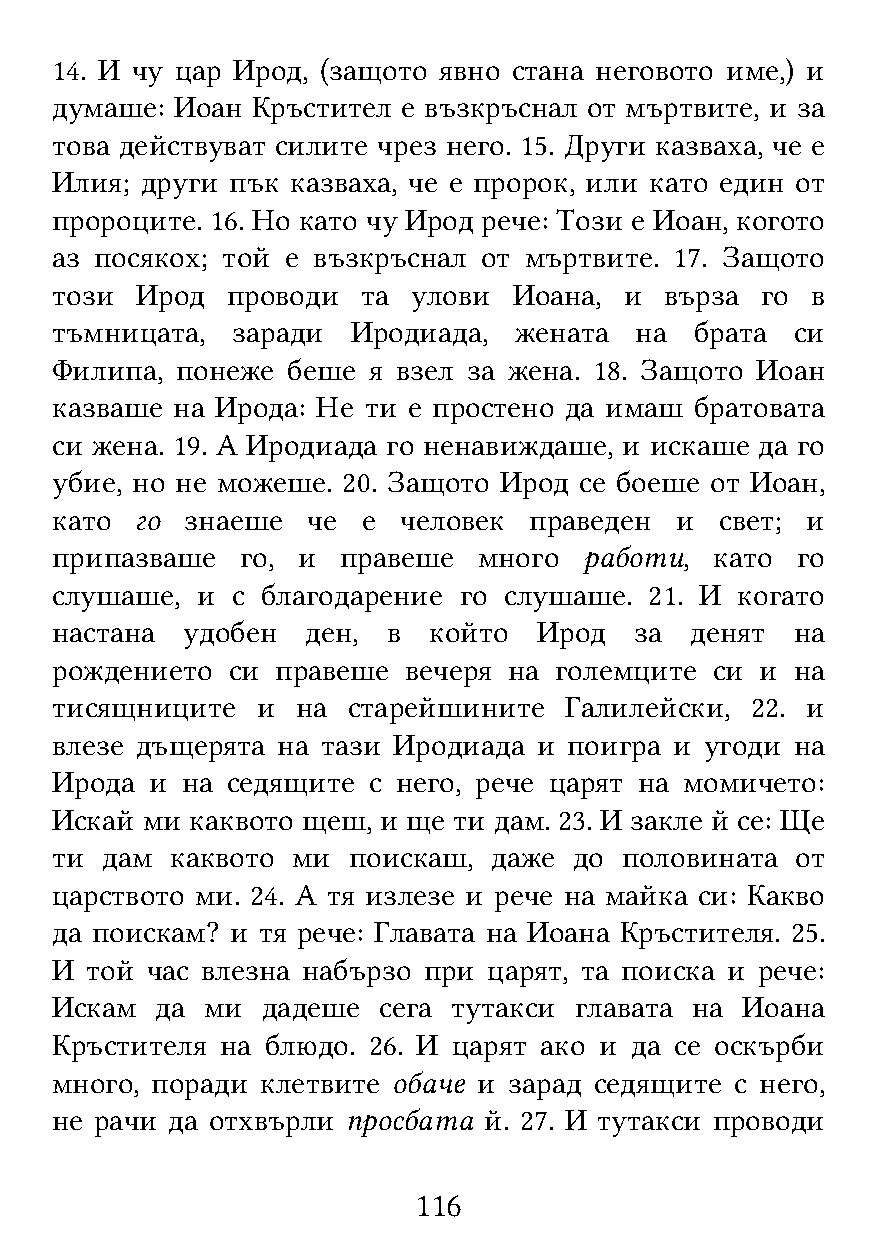
14. И чу цар Ирод, (защото явно стана неговото име,) и
 думаше: Иоан  Кръстител е възкръснал от мъртвите, и за
 това действуват силите чрез него. 15. Други казваха, че е
 Илия; други пък казваха, че е пророк, или като един от
 пророците. 16. Но като чу Ирод рече: Този е Иоан, когото
 аз посякох; той е възкръснал от мъртвите. 17. Защото
 този  Ирод  проводи  та улови  Иоана, и  върза го  в
 тъмницата,  заради  Иродиада,  жената  на  брата  си
 Филипа,  понеже беше я взел за жена. 18. Защото Иоан
 казваше на Ирода: Не ти е простено да имаш братовата
 си жена. 19. А Иродиада го ненавиждаше, и искаше да го
 убие, но не можеше. 20. Защото Ирод се боеше от Иоан,
 като  го знаеше  че  е человек  праведен  и  свет; и
 припазваше   го, и  правеше  много  работи, като  го
 слушаше,  и с благодарение го слушаше.  21. И когато
 настана  удобен  ден,  в който   Ирод  за  денят  на
 рождението  си правеше  вечеря на големците си и  на
 тисящниците   и  на старейшините  Галилейски,  22. и
 влезе дъщерята на тази Иродиада  и поигра и угоди на
 Ирода  и на седящите с него, рече царят на момичето:
 Искай ми  каквото щеш, и ще ти дам. 23. И закле й се: Ще
 ти  дам каквото ми  поискаш,  даже до половината  от
 царството ми. 24. А тя излезе и рече на майка си: Какво
 да поискам? и тя рече: Главата на Иоана Кръстителя. 25.
 И  той час влезна набързо при царят, та поиска и рече:
 Искам  да  ми дадеше  сега тутакси главата на Иоана
 Кръстителя  на блюдо. 26. И царят ако и да се оскърби
 много, поради клетвите обаче и зарад седящите с него,
 не рачи да отхвърли просбата й. 27. И тутакси проводи
 116